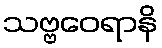
သဗ္ဗဝေရာနိ